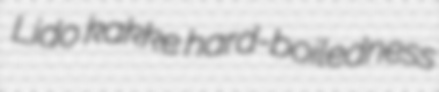
Lido kakke hard-boiledness